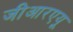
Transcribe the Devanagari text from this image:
जीआरएयू